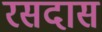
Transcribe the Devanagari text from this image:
रसदास